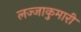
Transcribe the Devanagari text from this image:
लज्जाकुमारी